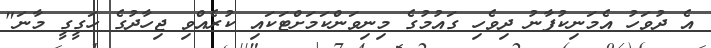
އެ ދުވަހު އެމަނިކުފާނު ދިވެހި ގައުމުގެ މިނިވަންކަމަށްޓަކައި ކުރެއްވި ޖިހާދުގެ ހަގީގީ މާނަ"